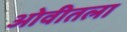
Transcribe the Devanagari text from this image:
ओवीतला